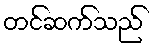
တင်ဆက်သည်